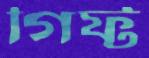
গিফ্ট